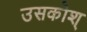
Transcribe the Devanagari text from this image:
उसकोश्